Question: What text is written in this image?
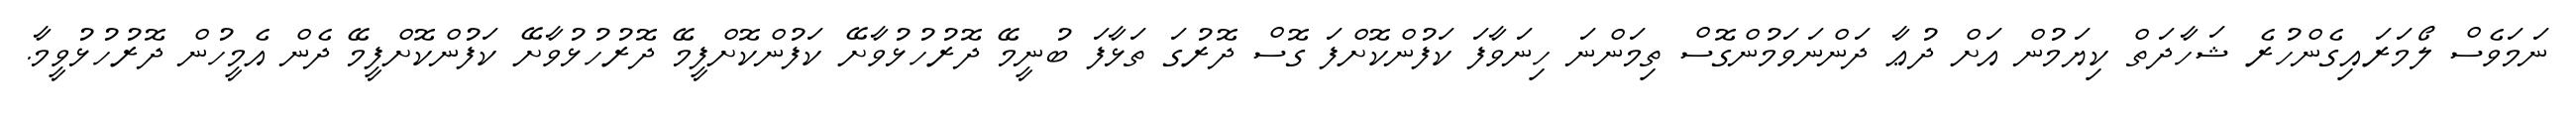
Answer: ނަމަވެސް ލޯމަރައިގެންހުރެ ޝަހާދަތް ކިޔަމުން އަށް ދުޢާ ދަންނަވަމުންގޮސް ތިމަންނަ ހިނަވާފަ ކަފުންކޮށްފަ ގޮސް ދޮރުގަ ތަޅާފަ ބުނީމޭ ދޮރުހުޅުވާށޭ ކަފުންކޮށްފީމޭ ދޮރުހުޅުވާށޭ ކަފުންކޮށްފީމޭ ދެން އެމީހުން ދޮރުހުޅުވީމާ.